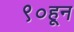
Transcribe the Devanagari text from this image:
९०हून